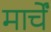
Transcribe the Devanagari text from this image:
मार्चें